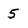
Character: 5